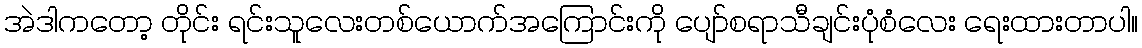
အဲဒါကတော့ တိုင်း ရင်းသူလေးတစ်ယောက်အကြောင်းကို ပျော်စရာသီချင်းပုံစံလေး ရေးထားတာပါ။